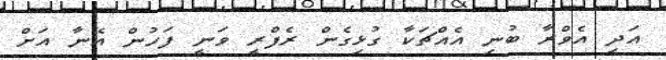
އަދި އެވްރާ ބުނި އެއްޗަކާ ގުޅިގެން ރެފްރީ ވަނީ ފަހުން އޭނާ އަށް